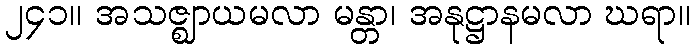
၂၄၁။ အသဇ္ဈာယမလာ မန္တာ၊ အနုဋ္ဌာနမလာ ဃရာ။